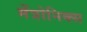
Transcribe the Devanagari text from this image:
मेंत्रोनिक्स